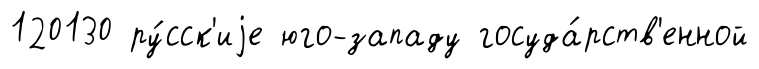
120130 ру́сск'иjе юго-западу госуда́рств'енной